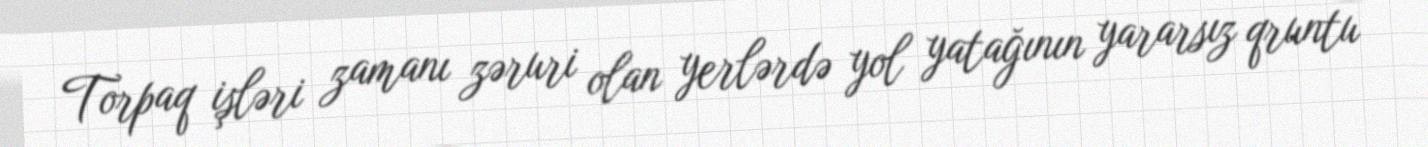
Torpaq işləri zamanı zəruri olan yerlərdə yol yatağının yararsız qruntu